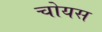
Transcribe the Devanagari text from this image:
चोयस